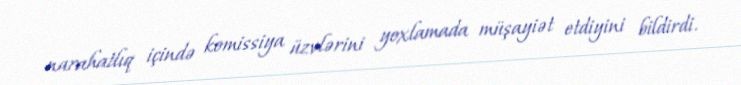
narahatlıq içində komissiya üzvlərini yoxlamada müşayiət etdiyini bildirdi.